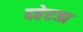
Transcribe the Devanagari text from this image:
दहेरजा